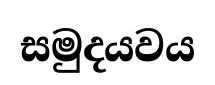
සමුදයවය